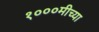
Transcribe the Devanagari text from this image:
१०००मीच्या